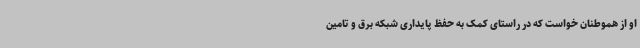
او از هموطنان خواست که در راستای کمک به حفظ پایداری شبکه برق و تامین